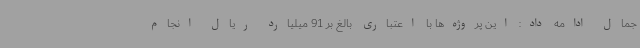
جمال ادامه داد: این پروژه‌ها با اعتباری بالغ بر 91 میلیارد ریال انجام